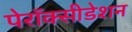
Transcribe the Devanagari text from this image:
पेरॉक्सीडेशन